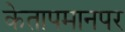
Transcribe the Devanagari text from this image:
केतापमानपर